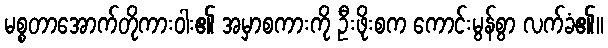
မစ္စတာအောက်တိုကားဝါး၏ အမှာစကားကို ဦးဖိုးစက ကောင်းမွန်စွာ လက်ခံ၏။